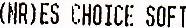
(NR)ES CHOICE SOFT